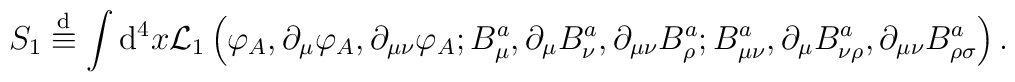
S_{1} \stackrel{\rm d}{\equiv}\int {\rm d}^{4}x {\cal L}_{1}\left( \varphi_{A}, \partial_{\mu}\varphi_{A}, \partial_{\mu\nu}\varphi_{A};B^{a}_{\mu}, \partial_{\mu}B^{a}_{\nu}, \partial_{\mu\nu}B^{a}_{\rho};B^{a}_{\mu\nu}, \partial_{\mu}B^{a}_{\nu\rho},\partial_{\mu\nu}B^{a}_{\rho\sigma} \right).